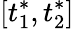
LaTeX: \left[t_{1}^{*},t_{2}^{*}\right]